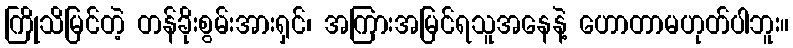
ကြိုသိမြင်တဲ့ တန်ခိုးစွမ်းအားရှင်၊ အကြားအမြင်ရသူအနေနဲ့ ဟောတာမဟုတ်ပါဘူး။